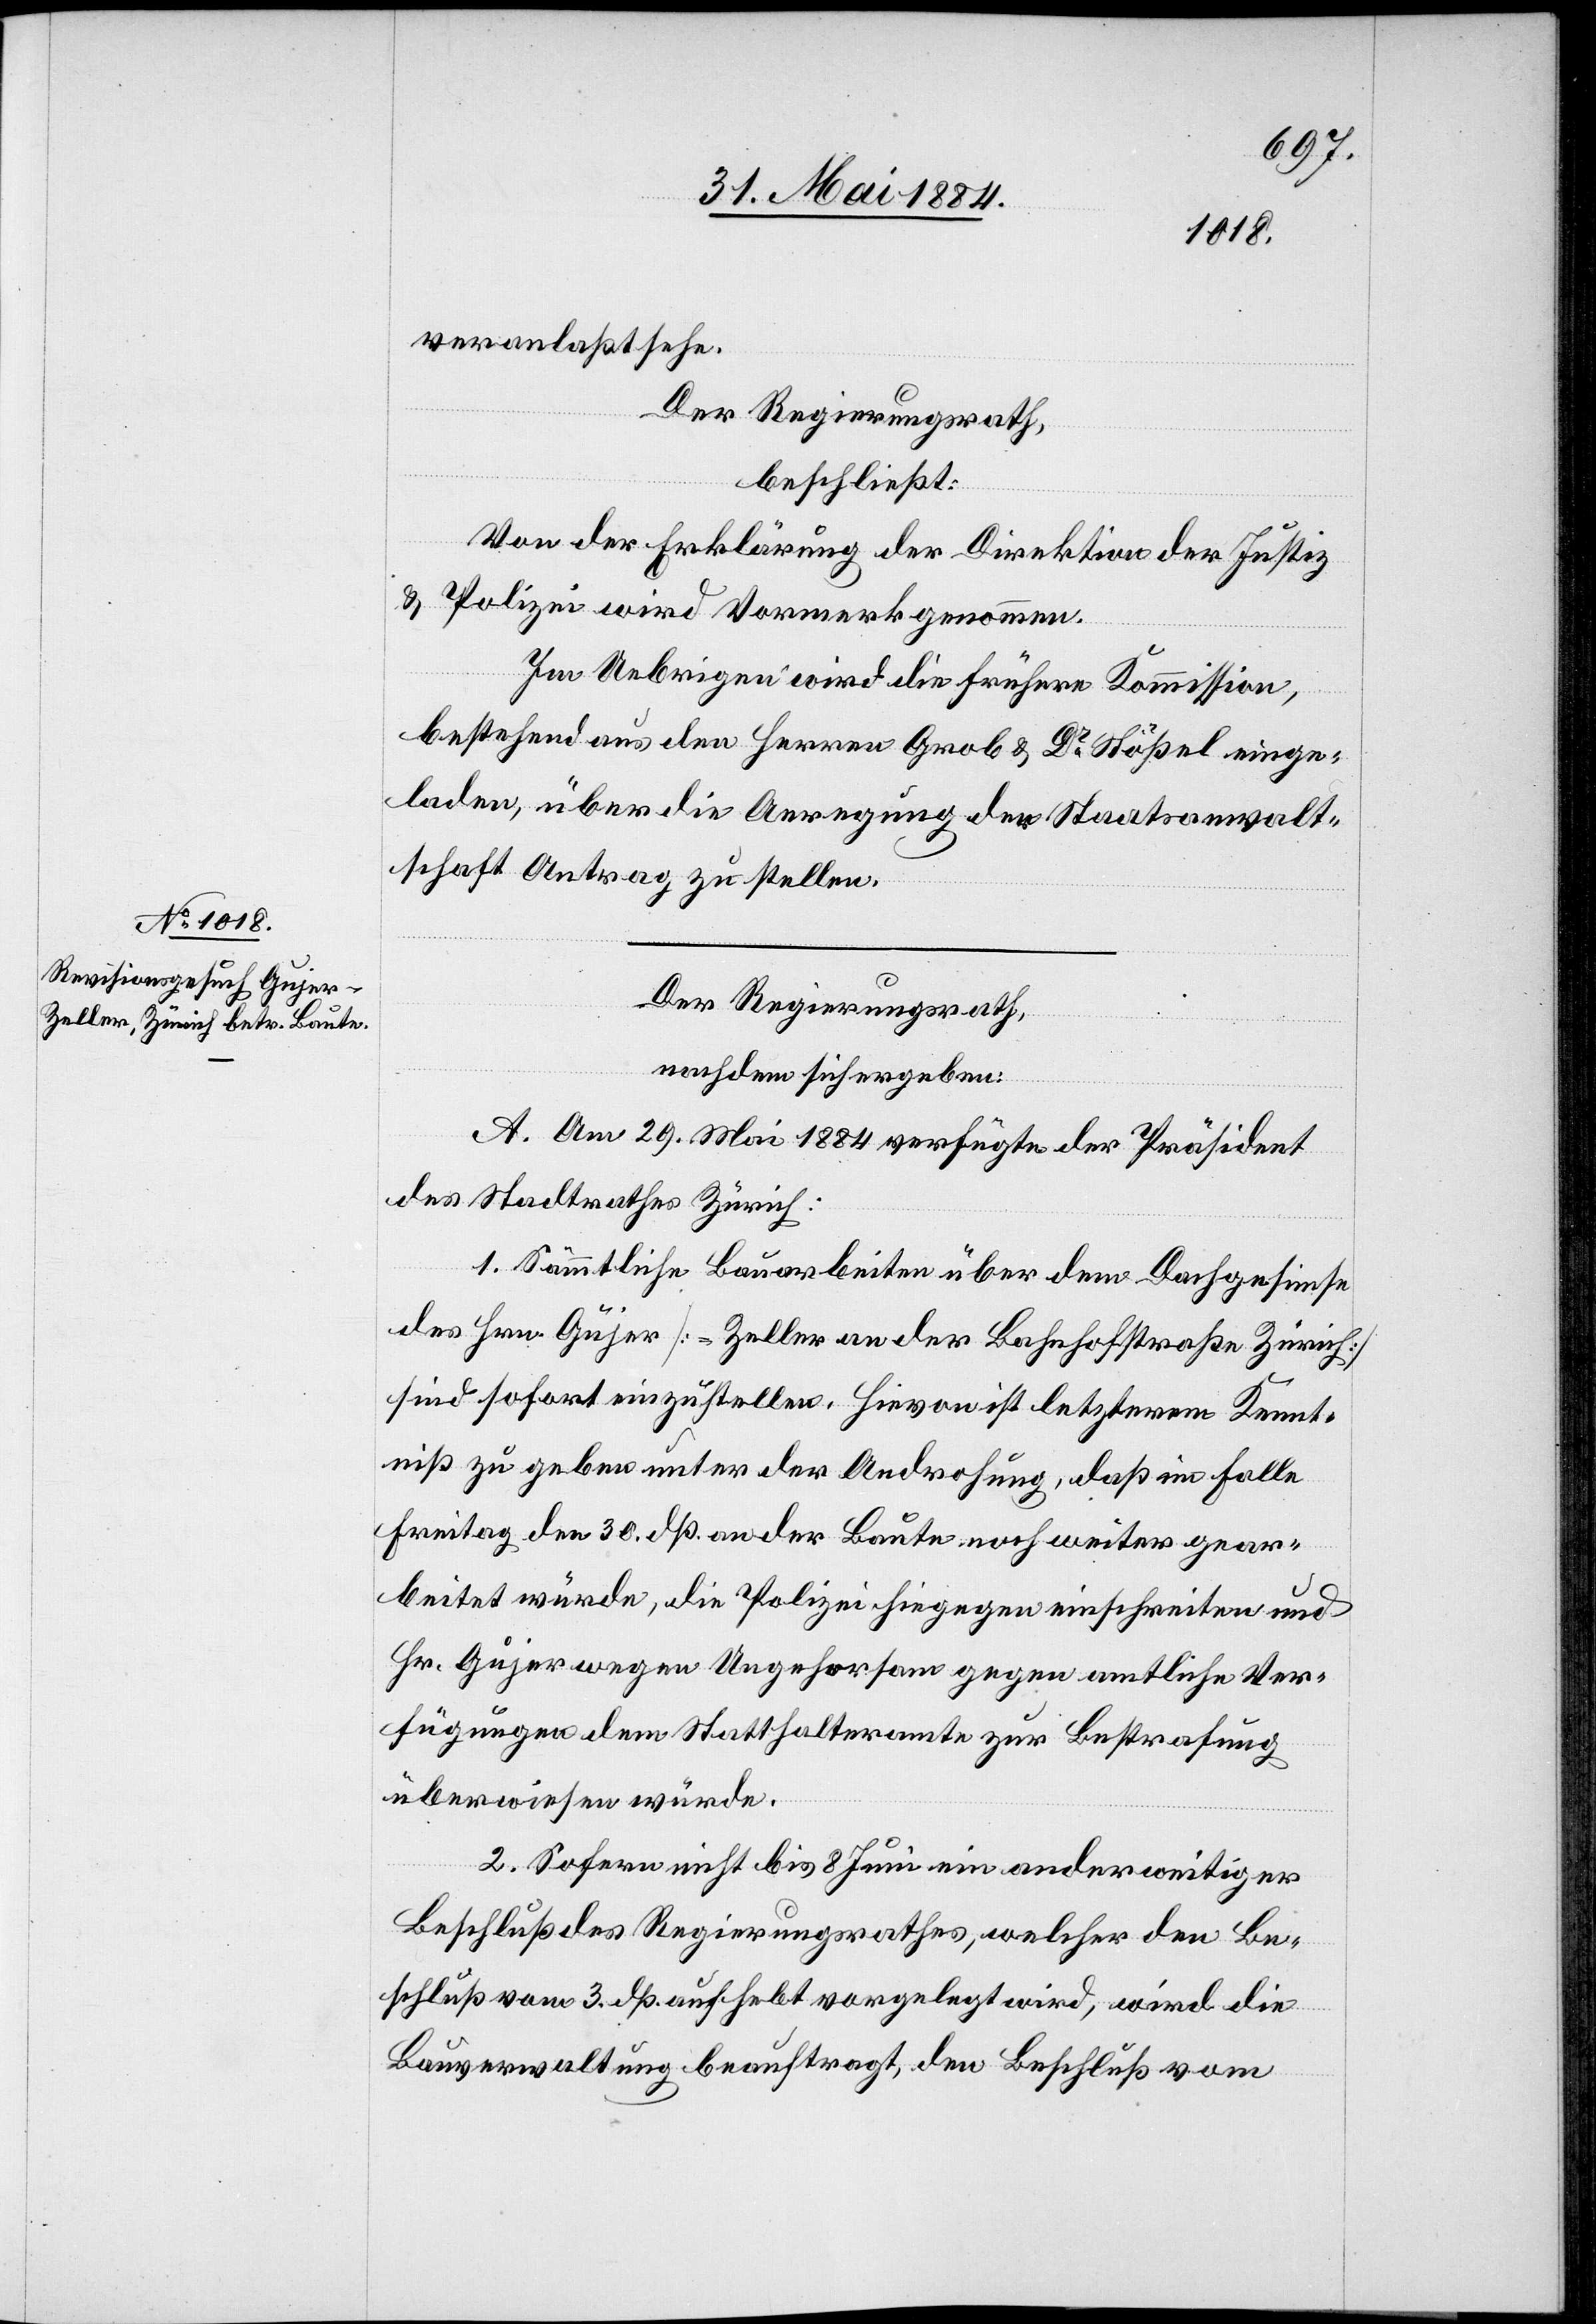
veranlaßt sehe.
Der Regierungsrath,
beschließt:
Von der Erklärung der Direktion der Justiz
& Polizei wird Vormerk genommen.
Im Uebrigen wird die frühere Kommission,
bestehend aus den Herren Grob & Dr Stößel einge¬
laden, über die Anregung der Staatsanwalt¬
schaft Antrag zu stellen.
Der Regierungsrath,
nachdem sich ergeben:
A. Am 29. Mai 1884 verfügte der Präsident
des Stadtrathes Zürich:
1. Sämmtliche Bauarbeiten über dem Dachgesimse
des Hrn. Gujer [-Zeller an der Bahnhofstraße Zürich]
sind sofort einzustellen. Hievon ist letzterem Kennt¬
niß zu geben unter der Androhung, daß im Falle
Freitag den 30. dß. an der Baute noch weiter gear¬
beitet würde, die Polizei hiegegen einschreiten und
Hr. Gujer wegen Ungehorsam gegen amtliche Ver¬
fügungen dem Statthalteramte zur Bestrafung
überwiesen würde.
2. Sofern nicht bis 8. Juni ein anderweitiger
Beschluß des Regierungsrathes, welcher den Be¬
schluß vom 3. dß. aufhebt vorgelegt wird, wird die
Hausverwaltung beauftragt, den Beschluß vom